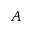
A